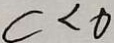
c < 0